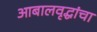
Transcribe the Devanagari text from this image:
आबालवृद्धांचा